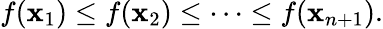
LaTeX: f(\mathbf{x}_{1})\leq f(\mathbf{x}_{2})\leq\cdots\leq f(\mathbf{x}_{n+1}).